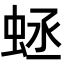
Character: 𧊴